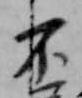
不